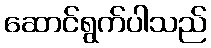
ဆောင်ရွက်ပါသည်